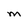
Character: M